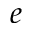
e